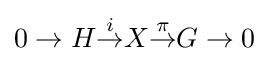
0\rightarrow H{\stackrel {i}{\rightarrow }}X{\stackrel {\pi }{\rightarrow }}G\rightarrow 0